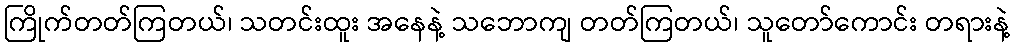
ကြိုက်တတ်ကြတယ်၊ သတင်းထူး အနေနဲ့ သဘောကျ တတ်ကြတယ်၊ သူတော်ကောင်း တရားနဲ့